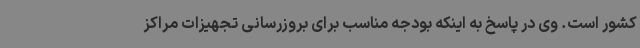
کشور است. وی در پاسخ به اینکه بودجه مناسب برای بروزرسانی تجهیزات مراکز